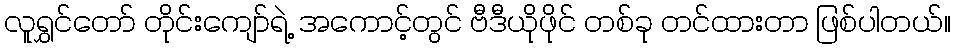
လူရွှင်တော် တိုင်းကျော်ရဲ့ အကောင့်တွင် ဗီဒီယိုဖိုင် တစ်ခု တင်ထားတာ ဖြစ်ပါတယ်။